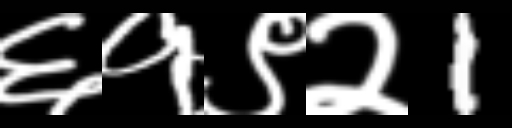
Text: ६१९२1